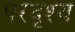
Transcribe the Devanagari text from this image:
परदृश्य